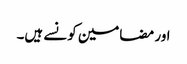
اور مضامین کونسے ہیں۔